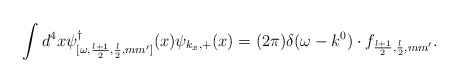
\begin{align*}\int d^4x \psi^\dagger_{[\omega,\frac{l+1}{2},\frac{l}{2},mm']}(x) \psi_{k_x,+}(x) = (2\pi)\delta(\omega-k^0)\cdot f_{\frac{l+1}{2},\frac{l}{2},mm'}.\end{align*}